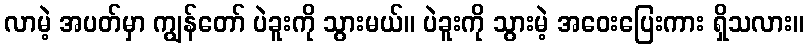
လာမဲ့ အပတ်မှာ ကျွန်တော် ပဲခူးကို သွားမယ်။ ပဲခူးကို သွားမဲ့ အဝေးပြေးကား ရှိသလား။